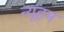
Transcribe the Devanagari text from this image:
न्यूहम